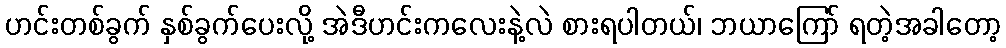
ဟင်းတစ်ခွက် နှစ်ခွက်ပေးလို့ အဲဒီဟင်းကလေးနဲ့လဲ စားရပါတယ်၊ ဘယာကြော် ရတဲ့အခါတော့